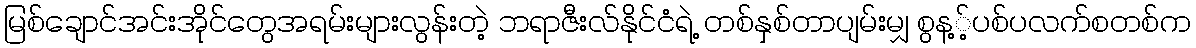
မြစ်ချောင်အင်းအိုင်တွေအရမ်းများလွန်းတဲ့ ဘရာဇီးလ်နိုင်ငံရဲ့ တစ်နှစ်တာပျမ်းမျှ စွန့့်ပစ်ပလက်စတစ်က